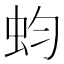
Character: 蚐